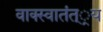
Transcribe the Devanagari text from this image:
वाक्स्वातंत््रय